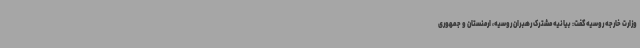
وزارت خارجه روسیه گفت: بیانیه مشترک رهبران روسیه، ارمنستان و جمهوری